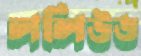
ললিউড